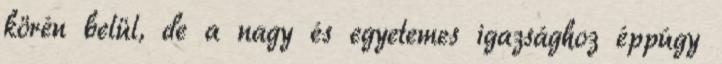
körén belül, de a nagy és egyetemes igazsághoz éppúgy